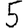
Digit: 5